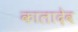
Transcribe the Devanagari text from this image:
कालादेव